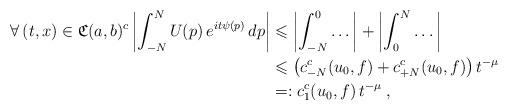
LaTeX: \begin{align*}\forall \, (t,x) \in \mathfrak{C}(a,b)^c \left| \int_{-N}^N U(p) \, e^{i t \psi(p)} \, dp \right|& \leqslant \left| \int_{-N}^{0} \dots \right| + \left| \int_0^N \dots \right| \\& \leqslant \big(c_{-N}^c(u_0,f) + c_{+N}^c(u_0,f) \big) \, t^{-\mu} \\& =: c_1^c(u_0,f) \, t^{-\mu} \; , \end{align*}